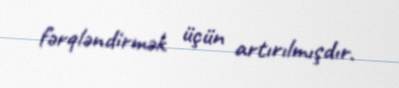
fərqləndirmək üçün artırılmışdır.